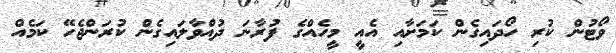
ވޯޓުން ކުރި ހޯދައިގެން ކަމަށާއި އެއީ މީހެއްގެ ފުރާނަ ދުއްވާލައިގެން ކުރަންޖެހޭ ކަމެއް